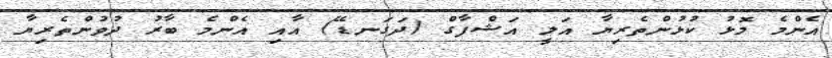
އެންމެ މޮޅު ކުޅުންތެރިޔާ އަލީ އަޝްފާގް (ދަގަނޑޭ) އާއި އެންމެ ބާރު ދުވުންތެރިޔާ